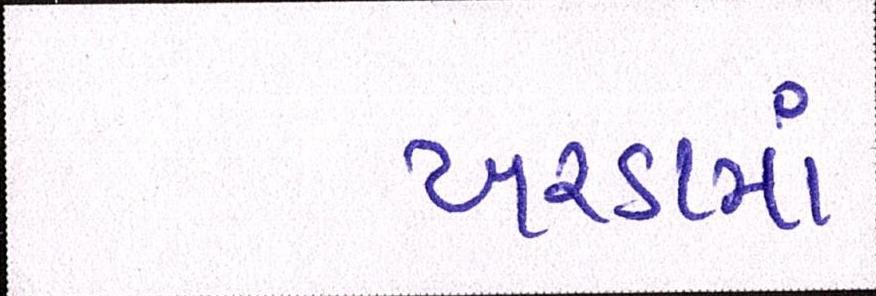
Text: ખરડામાં